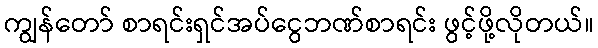
ကျွန်တော် စာရင်းရှင်အပ်ငွေဘဏ်စာရင်း ဖွင့်ဖို့လိုတယ်။